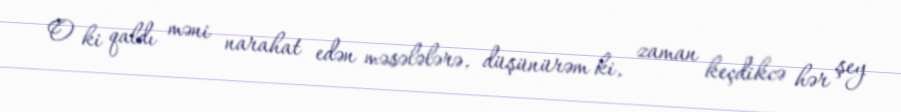
O ki qaldı məni narahat edən məsələlərə, düşünürəm ki, zaman keçdikcə hər şey